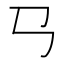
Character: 𢎘